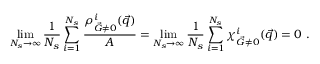
\operatorname* { l i m } _ { N _ { s } \to \infty } \frac { 1 } { N _ { s } } \sum _ { i = 1 } ^ { N _ { s } } \frac { { \rho _ { \vec { G } \neq 0 } ^ { i } ( \vec { q } ) } } { A } = \operatorname* { l i m } _ { N _ { s } \to \infty } \frac { 1 } { N _ { s } } \sum _ { i = 1 } ^ { N _ { s } } { \chi _ { \vec { G } \neq 0 } ^ { i } ( \vec { q } ) } = 0 \ .